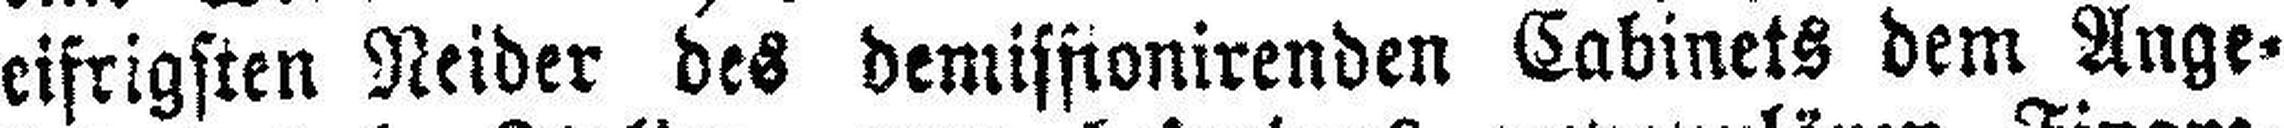
eifrigsten Neider des demissionirenden Cabinets dem Ange¬